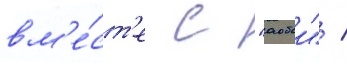
вм'е́ст'е с "аобои" /